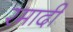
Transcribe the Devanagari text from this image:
रमादी